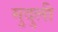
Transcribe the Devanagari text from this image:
मुदुली